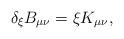
LaTeX: \begin{align*}\delta_\xi B_{\mu\nu} = \xi K_{\mu\nu}, \end{align*}